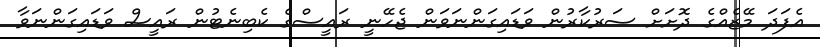
އެފަދަ މޭޒެއްގެ ދޮށަށް ސަރުކާރުން ވަޑައިގަންނަވަން ޖެހޭނީ ރައީސްގެ ކެބިނެޓުން ރައީސް ވަޑައިގަންނަވާ